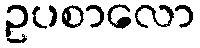
ဥပစာလော